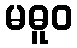
မဓူဝ